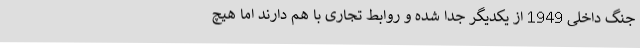
جنگ داخلی 1949 از یکدیگر جدا شده و روابط تجاری با هم دارند اما هیچ